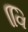
વિિ